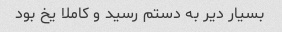
بسیار دیر به دستم رسید و کاملا یخ بود